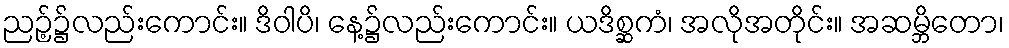
ညဉ့်၌လည်းကောင်း။ ဒိဝါပိ၊ နေ့၌လည်းကောင်း။ ယဒိစ္ဆကံ၊ အလိုအတိုင်း။ အဆမ္ဘိတော၊